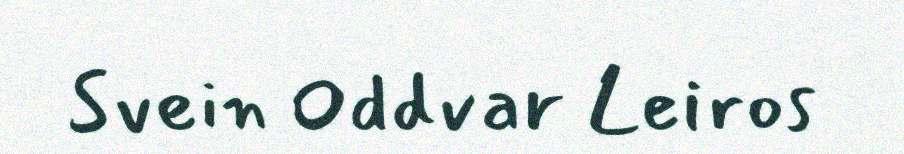
Svein Oddvar Leiros